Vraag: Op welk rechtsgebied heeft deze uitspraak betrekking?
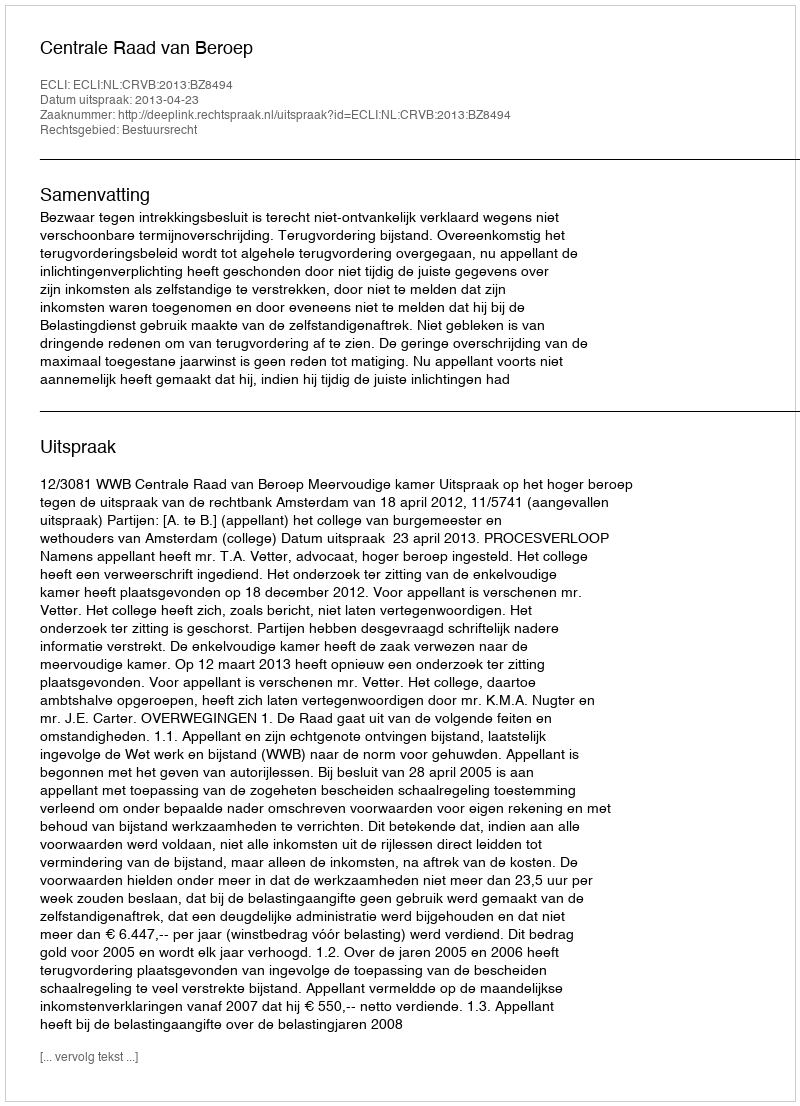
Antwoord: Bestuursrecht